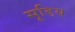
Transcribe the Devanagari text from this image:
सूडिय